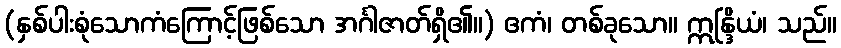
(နှစ်ပါးစုံသောကံကြောင့်ဖြစ်သော အင်္ဂါဇာတ်ရှိ၏။) ဧကံ၊ တစ်ခုသော။ ဣန္ဒြိယံ၊ သည်။